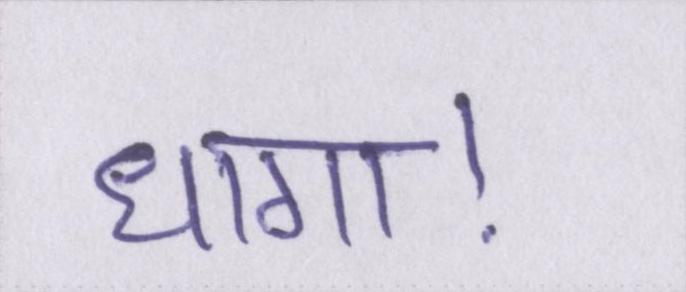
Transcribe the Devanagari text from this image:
धागा।